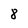
Character: 8